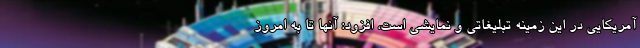
آمریکایی در این زمینه تبلیغاتی و نمایشی است، افزود: آنها تا به امروز